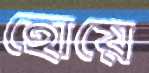
হোয়ে